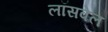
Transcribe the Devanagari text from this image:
लॉसवेल